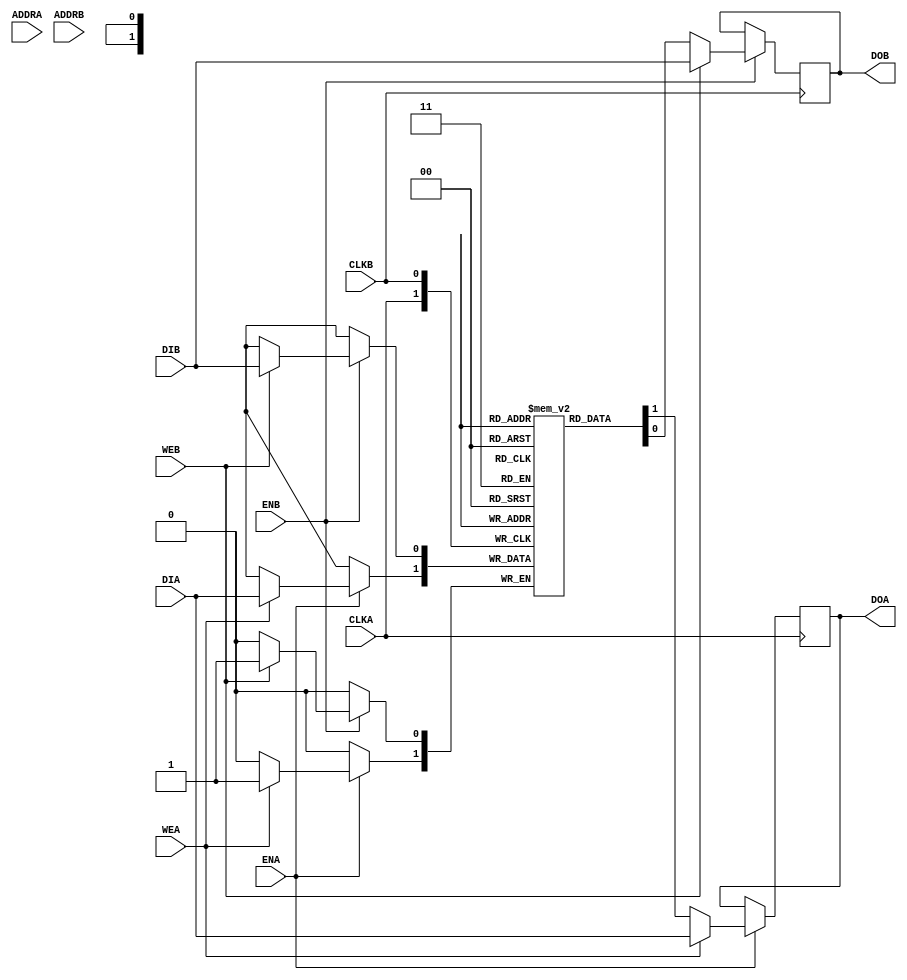

`ifdef BSV_ASSIGNMENT_DELAY
`else
 `define BSV_ASSIGNMENT_DELAY
`endif

// Dual-Ported BRAM (WRITE FIRST) with byte enables
module BRAM2BE(CLKA,
               ENA,
               WEA,
               ADDRA,
               DIA,
               DOA,
               CLKB,
               ENB,
               WEB,
               ADDRB,
               DIB,
               DOB
              );

   parameter                      PIPELINED  = 0;
   parameter                      ADDR_WIDTH = 1;
   parameter                      DATA_WIDTH = 1;
   parameter                      CHUNKSIZE  = 1;
   parameter                      WE_WIDTH   = 1;
   parameter                      MEMSIZE    = 1;

   input                          CLKA;
   input                          ENA;
   input [WE_WIDTH-1:0]           WEA;
   input [ADDR_WIDTH-1:0]         ADDRA;
   input [DATA_WIDTH-1:0]         DIA;
   output [DATA_WIDTH-1:0]        DOA;

   input                          CLKB;
   input                          ENB;
   input [WE_WIDTH-1:0]           WEB;
   input [ADDR_WIDTH-1:0]         ADDRB;
   input [DATA_WIDTH-1:0]         DIB;
   output [DATA_WIDTH-1:0]        DOB;

   reg [DATA_WIDTH-1:0]           RAM[0:MEMSIZE-1] /* synthesis syn_ramstyle="block_ram" */ ;
   reg [DATA_WIDTH-1:0]           DOA_R;
   reg [DATA_WIDTH-1:0]           DOA_R2;
   reg [DATA_WIDTH-1:0]           DOB_R;
   reg [DATA_WIDTH-1:0]           DOB_R2;

`ifdef BSV_NO_INITIAL_BLOCKS
`else
   // synopsys translate_off
   integer                        i;
   initial
   begin : init_block
      for (i = 0; i < MEMSIZE; i = i + 1) begin
         RAM[i] = { ((DATA_WIDTH+1)/2) { 2'b10 } };
      end
      DOA_R  = { ((DATA_WIDTH+1)/2) { 2'b10 } };
      DOA_R2 = { ((DATA_WIDTH+1)/2) { 2'b10 } };
      DOB_R  = { ((DATA_WIDTH+1)/2) { 2'b10 } };
      DOB_R2 = { ((DATA_WIDTH+1)/2) { 2'b10 } };
   end
   // synopsys translate_on
`endif // !`ifdef BSV_NO_INITIAL_BLOCKS

   // PORT A
   generate
      genvar j;
      for(j = 0; j < WE_WIDTH; j = j + 1) begin: porta_we
         always @(posedge CLKA) begin
            if (ENA) begin
               if (WEA[j]) begin
                  RAM[ADDRA][((j+1)*CHUNKSIZE)-1 : j*CHUNKSIZE] <= `BSV_ASSIGNMENT_DELAY DIA[((j+1)*CHUNKSIZE)-1 : j*CHUNKSIZE];
                  DOA_R[((j+1)*CHUNKSIZE)-1 : j*CHUNKSIZE]      <= `BSV_ASSIGNMENT_DELAY DIA[((j+1)*CHUNKSIZE)-1 : j*CHUNKSIZE];
               end
               else begin
                  DOA_R[((j+1)*CHUNKSIZE)-1 : j*CHUNKSIZE]      <= `BSV_ASSIGNMENT_DELAY RAM[ADDRA][((j+1)*CHUNKSIZE)-1 : j*CHUNKSIZE];
               end
            end
         end
      end
   endgenerate

   // PORT B
   generate
      genvar k;
      for(k = 0; k < WE_WIDTH; k = k + 1) begin: portb_we
         always @(posedge CLKB) begin
            if (ENB) begin
               if (WEB[k]) begin
                  RAM[ADDRB][((k+1)*CHUNKSIZE)-1 : k*CHUNKSIZE] <= `BSV_ASSIGNMENT_DELAY DIB[((k+1)*CHUNKSIZE)-1 : k*CHUNKSIZE];
                  DOB_R[((k+1)*CHUNKSIZE)-1 : k*CHUNKSIZE]      <= `BSV_ASSIGNMENT_DELAY DIB[((k+1)*CHUNKSIZE)-1 : k*CHUNKSIZE];
               end
               else begin
                  DOB_R[((k+1)*CHUNKSIZE)-1 : k*CHUNKSIZE]      <= `BSV_ASSIGNMENT_DELAY RAM[ADDRB][((k+1)*CHUNKSIZE)-1 : k*CHUNKSIZE];
               end
            end
         end
      end
   endgenerate

   // Output drivers
   always @(posedge CLKA) begin
      DOA_R2 <= `BSV_ASSIGNMENT_DELAY DOA_R;
   end

   always @(posedge CLKB) begin
      DOB_R2 <= `BSV_ASSIGNMENT_DELAY DOB_R;
   end

   assign DOA = (PIPELINED) ? DOA_R2 : DOA_R;
   assign DOB = (PIPELINED) ? DOB_R2 : DOB_R;

endmodule // BRAM2BE